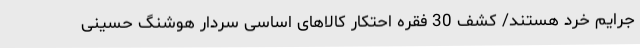
جرایم خرد هستند/ کشف 30 فقره احتکار کالاهای اساسی سردار هوشنگ حسینی